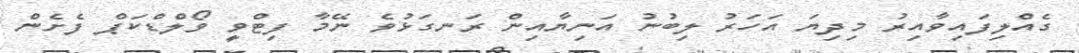
ގެއްލިފައިވާއިރު މިދިޔަ އަހަރު ލިބުނު އަނިޔާއިން ރަނގަޅުވެ ނޭމާ ފިޓްވީ ވޯލްޑްކަޕް ފެށެން